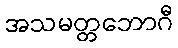
အသမတ္တဘောဂီ